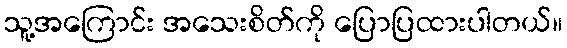
သူ့အကြောင်း အသေးစိတ်ကို ပြောပြထားပါတယ်။